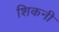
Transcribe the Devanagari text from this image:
शिकनी